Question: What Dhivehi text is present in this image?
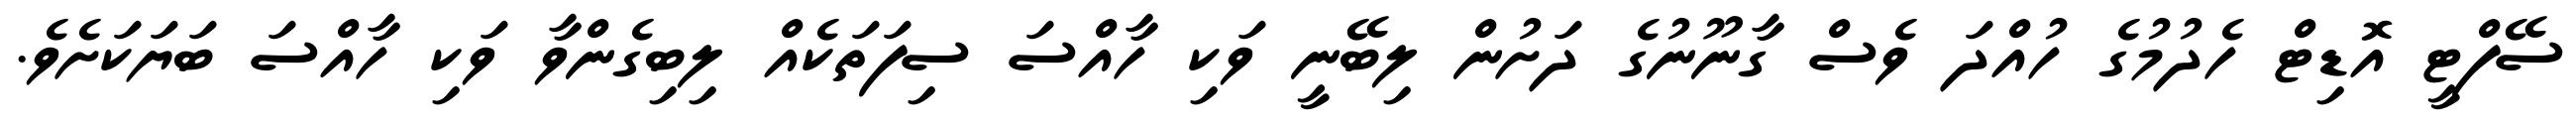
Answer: ސޭފްޓީ އޮޑިޓް ހެދުމުގެ ހުއްދަ ވެސް ގާނޫނުގެ ދަށުން ލިބޭނީ ވަކި ހާއްސަ ސިފަތަކެއް ލިބިގެންވާ ވަކި ހާއްސަ ބަޔަކަށެވެ.